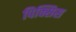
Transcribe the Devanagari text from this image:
पिक्सिस